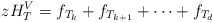
\begin{align*} zH_T^V = f_{T_k} + f_{T_{k+1}} + \cdots + f_{T_d}\end{align*}